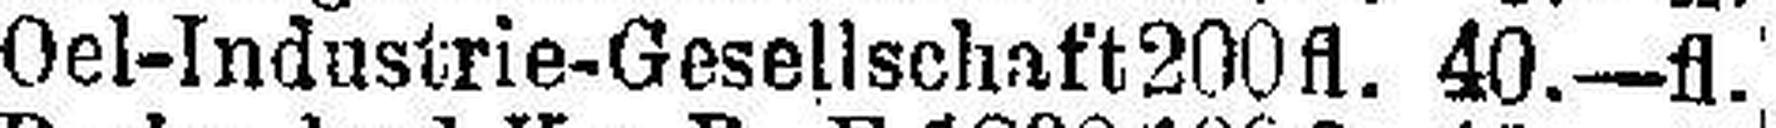
Oel-Industrie-Gesellschaft 200fl. 40—fl.